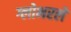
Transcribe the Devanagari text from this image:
ग्लोभरले